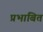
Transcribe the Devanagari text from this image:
प्रभाबित